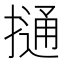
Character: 𢳟